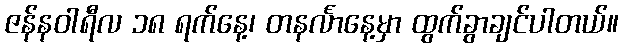
ဇန်နဝါရီလ ၁၈ ရက်နေ့၊ တနင်္လာနေ့မှာ ထွက်ခွာချင်ပါတယ်။